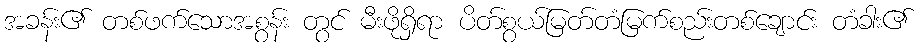
အခန်း၏ တစ်ဖက်သောအစွန်း တွင် မီးဖိုရှိရာ ပိတ်စွယ်မြတ်တံမြက်စည်းတစ်ချောင်း တံခါး၏